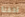
لحفلة